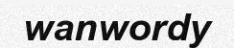
wanwordy